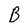
Character: B